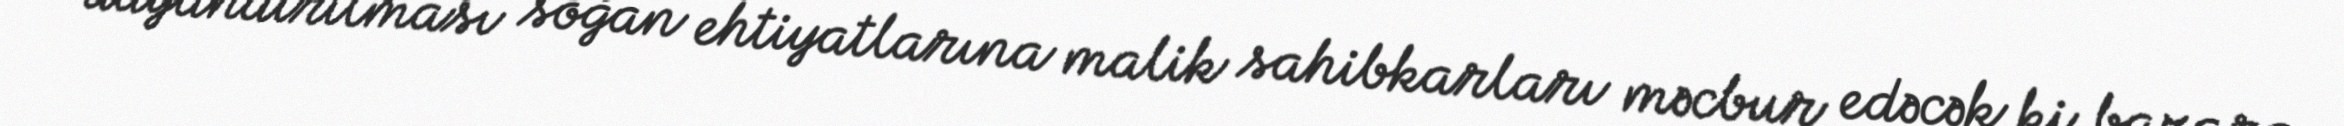
dayandırılması soğan ehtiyatlarına malik sahibkarları məcbur edəcək ki, bazara